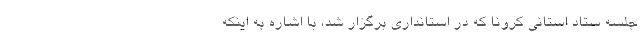
جلسه ستاد استانی کرونا که در استانداری برگزار شد، با اشاره به اینکه